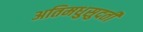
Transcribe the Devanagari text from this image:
अतिमधुसुदती